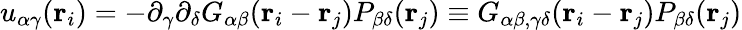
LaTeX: u_{\alpha\gamma}({\mathbf r}_{i})=-\partial_{\gamma}\partial_{\delta}G_{\alpha\beta}({\mathbf r}_{i}-{\mathbf r}_{j})P_{\beta\delta}({\mathbf r}_{j})\equiv G_{\alpha\beta,\gamma\delta}({\mathbf r}_{i}-{\mathbf r}_{j})P_{\beta\delta}({\mathbf r}_{j})